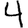
Digit: 4